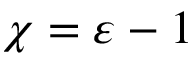
\chi = \varepsilon - 1